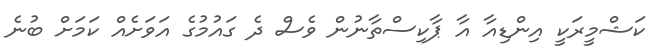
ކަޝްމީރަކީ އިންޑިއާ އާ ޕާކިސްތާނުން ވެސް ދެ ގައުމުގެ އަވަށެއް ކަމަށް ބުނެ